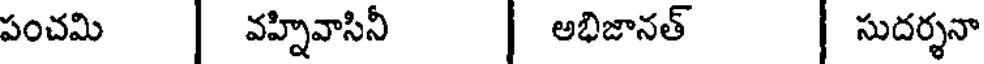
పంచమి | వహ్నివాసినీ | అభిజానత్ | సుదర్శనా